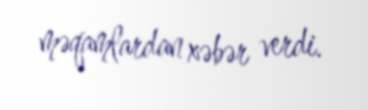
məqamlardan xəbər verdi.